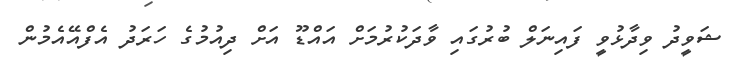
ޝަވީދު ވިދާޅުވީ ފައިނަލް ބުރުގައި ވާދަކުރުމަށް އައްޑޫ އަށް ދިއުމުގެ ހަރަދު އެފްއޭއެމުން